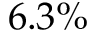
6 . 3 \%